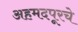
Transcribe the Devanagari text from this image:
अहमदपूरचे